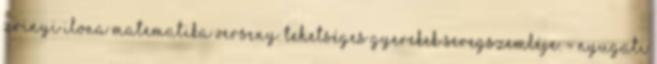
Zrinyi Ilona Matematika Verseny. Tehetséges gyerekek seregszemléje. = Nyugati